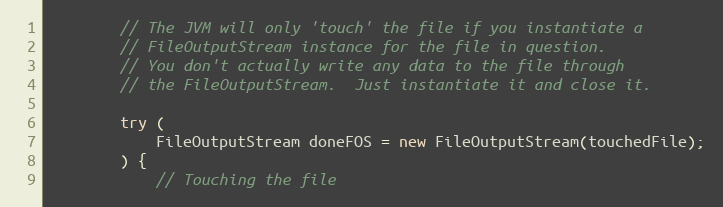
Language: Java
        // The JVM will only 'touch' the file if you instantiate a
        // FileOutputStream instance for the file in question.
        // You don't actually write any data to the file through
        // the FileOutputStream.  Just instantiate it and close it.

        try (
            FileOutputStream doneFOS = new FileOutputStream(touchedFile);
        ) {
            // Touching the file